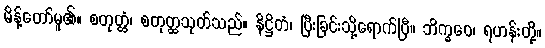
မိန့်တော်မူ၏။ စတုတ္ထံ၊ စတုတ္ထသုတ်သည်။ နိဋ္ဌိတံ၊ ပြီးခြင်းသို့ရောက်ပြီ။ ဘိက္ခဝေ၊ ရဟန်းတို့။